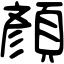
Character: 顏